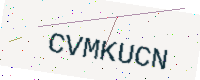
Text: CVMKUCN